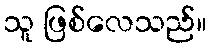
သူ ဖြစ်လေသည်။